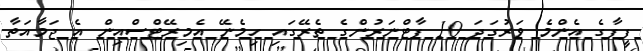
ފީފާގެ އެންމެ ވަރުގަދަ 10 ޕާޓްނަރުންގެ ތެރޭގައި ހިމެނޭ އެމިރޭޓްސްއިން އެ ޖަމާއަތާ